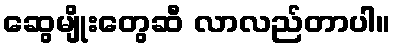
ဆွေမျိုးတွေဆီ လာလည်တာပါ။